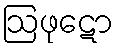
ဩဖုဋော